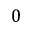
0